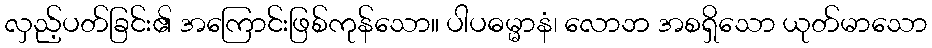
လှည့်ပတ်ခြင်း၏ အကြောင်းဖြစ်ကုန်သော။ ပါပဓမ္မာနံ၊ လောဘ အစရှိသော ယုတ်မာသော